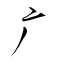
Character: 广